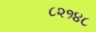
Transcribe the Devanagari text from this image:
८२१४८